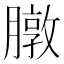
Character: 㬿